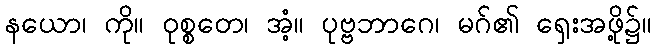
နယော၊ ကို။ ဝုစ္စတေ၊ အံ့။ ပုဗ္ဗဘာဂေ၊ မဂ်၏ ရှေးအဖို့၌။